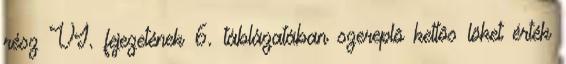
rész VI. fejezetének 6. táblázatában szereplõ kettõs löket érték